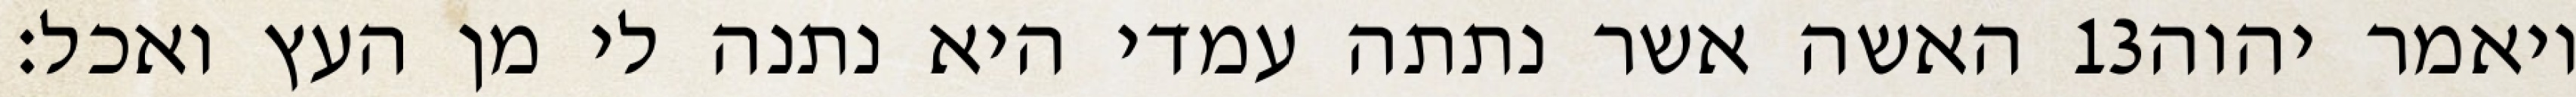
האשה אשר נתתה עמדי היא נתנה לי מן העץ ואכל׃ ‎13‏ ויאמר יהוה